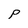
Character: p